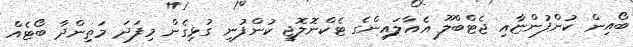
ބޯއިން ކުންފުންޏާއި ޖެޓްބްލޫ އެއާލައިންގެ ޓެކްނޮލޮޖީ ކުންފުނި ގުޅިގެން މިފަދަ މަތިންދާ ބޯޓެއް